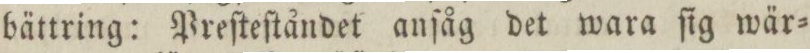
bättring: Preſteſtåndet anſåg det wara ſig wär=